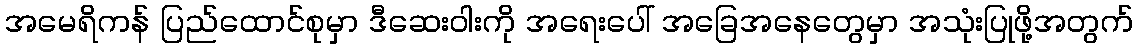
အမေရိကန် ပြည်ထောင်စုမှာ ဒီဆေးဝါးကို အရေးပေါ် အခြေအနေတွေမှာ အသုံးပြုဖို့အတွက်